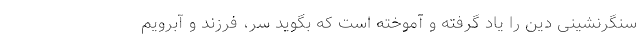
سنگرنشینی دین را یاد گرفته و آموخته است که بگوید سر، فرزند و آبرویم